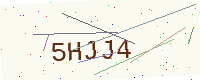
Text: 5HJJ4